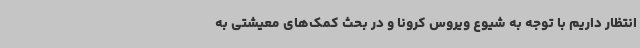
انتظار داریم با توجه به شیوع ویروس کرونا و در بحث کمک‌های معیشتی به